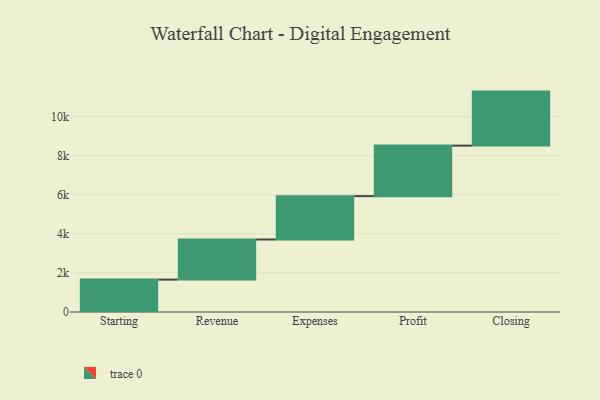
{"axis": {"x": "Step", "y": "Value"}, "legend": [""], "data": [{"x": "Starting", "y": 1657.0, "type": ""}, {"x": "Revenue", "y": 2051.0, "type": ""}, {"x": "Expenses", "y": 2217.0, "type": ""}, {"x": "Profit", "y": 2584.0, "type": ""}, {"x": "Closing", "y": 2763.0, "type": ""}]}